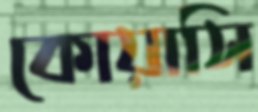
কোয়াসি